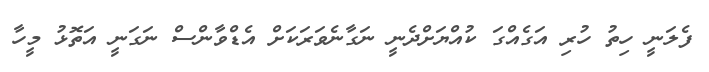
ފެލަނީ ހިތު ހުރި އަގެއްގަ ކުއްޔަށްދެނީ ނަގާނެވަރަކަށް އެޑްވާންސް ނަގަނީ އަތޮޅު މީހާ